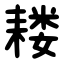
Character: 耧